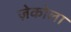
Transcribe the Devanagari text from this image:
ज़ेकोला